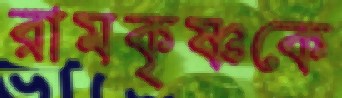
রামকৃষ্ণকে